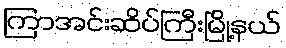
ကြာအင်းဆိပ်ကြီးမြို့နယ်